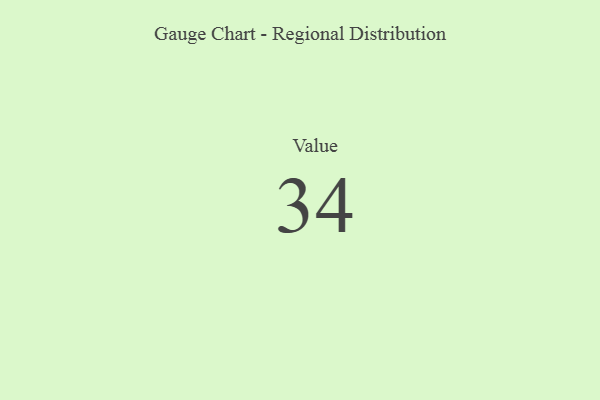
{"axis": {"x": "Metric", "y": "Value"}, "legend": [""], "data": [{"x": "Value", "y": 34, "type": ""}]}